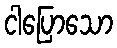
ငါပြောသော